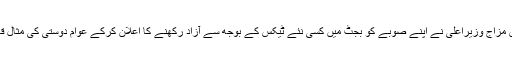
اس خاموش مزاج وزیراعلیٰ نے اپنے صوبے کو بجٹ میں کسی نئے ٹیکس کے بوجھ سے آزاد رکھنے کا اعلان کرکے عوام دوستی کی مثال قائم کی ہے۔